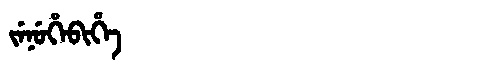
Manchu: ᠵᡝᠨᡠᡥᡝᠪᡳᡥᡝ
Romanization: JENUHEBIHE